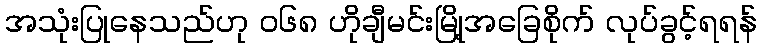
အသုံးပြုနေသည်ဟု ၀၆၈ ဟိုချီမင်းမြို့အခြေစိုက် လုပ်ခွင့်ရရန်